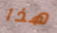
هذا